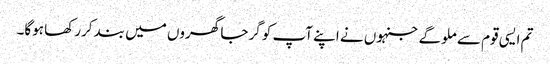
تم ایسی قوم سے ملوگے جنہوں نے اپنے آپ کو گرجا گھروں میں بند کررکھا ہوگا۔